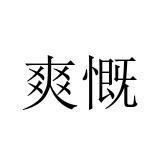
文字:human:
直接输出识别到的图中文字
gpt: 爽慨